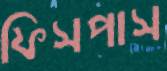
ফিসপাস